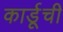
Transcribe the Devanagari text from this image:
कार्डूची